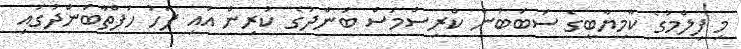
މި ފިލްމުގެ ކާމިޔާބީގެ ސަބަބުން ކްރިސްމަސް ބަންދުގެ ކުރިން އައި ފަހު ހަފްތާބަންދުގައި